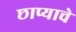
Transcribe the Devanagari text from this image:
छाप्याचे